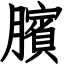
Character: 臏